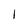
Character: I